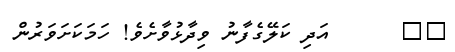
٨٩      އަދި ކަލޭގެފާނު ވިދާޅުވާށެވެ! ހަމަކަށަވަރުން